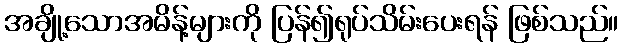
အချို့သောအမိန့်များကို ပြန်၍ရုပ်သိမ်းပေးရန် ဖြစ်သည်။